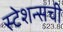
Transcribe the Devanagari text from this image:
स्टेशन्सची